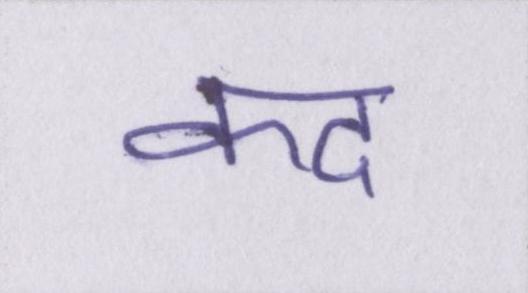
कद